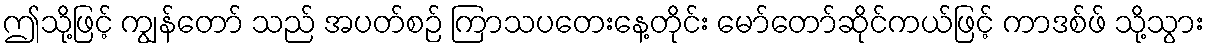
ဤသို့ဖြင့် ကျွန်တော် သည် အပတ်စဉ် ကြာသပတေးနေ့တိုင်း မော်တော်ဆိုင်ကယ်ဖြင့် ကာဒစ်ဖ် သို့သွား